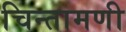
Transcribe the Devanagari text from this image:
चिन्तामणी